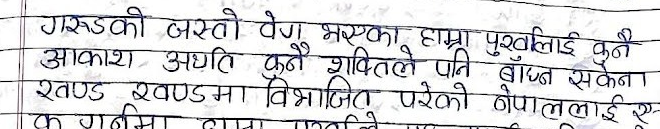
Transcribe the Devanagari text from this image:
गरुडको जस्तो वेग भएका हाम्रा पुर्खालाई कुनै
आकाश अथवा कुनै शक्तिले पनि बाँध्न सकेन ।
खण्ड खण्डमा विभाजित परेको नेपाललाई एक
क गर्नमा हाम्रा प्रकृतिले यसरी एक भएकी